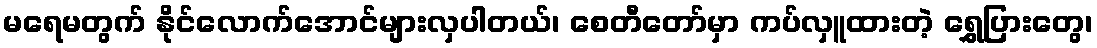
မရေမတွက် နိုင်လောက်အောင်များလှပါတယ်၊ စေတီတော်မှာ ကပ်လှူထားတဲ့ ရွှေပြားတွေ၊